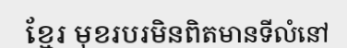
ខ្មែរ មុខរបរមិនពិតមានទីលំនៅ